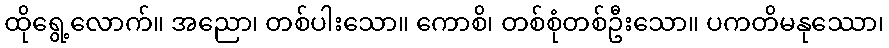
ထိုရွေ့လောက်။ အညော၊ တစ်ပါးသော။ ကောစိ၊ တစ်စုံတစ်ဦးသော။ ပကတိမနုဿော၊